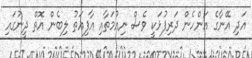
އަދި އޭނާގެ އަންހެން ދަރިފުޅަކީ ވެސް ނިއުމަތާއި އާފިއަތު ލިބެން އޮތް ދީނުގައި